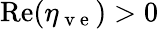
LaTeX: \mathrm{Re}(\eta_{\mathrm{~v~e~}})>0